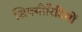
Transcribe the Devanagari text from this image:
सिक्योरिटियों